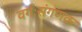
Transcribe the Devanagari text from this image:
वर्गःसंगणक